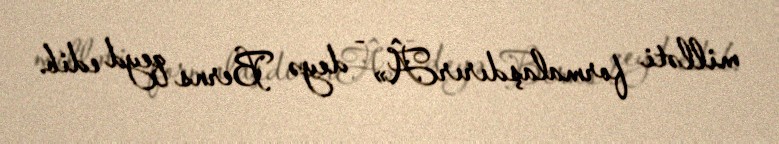
milləti formalaşdırırÂ» - deyə Berns qeyd edib.